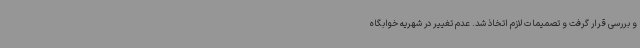
و بررسی قرار گرفت و تصمیمات لازم اتخاذ شد. عدم تغییر در شهریه خوابگاه